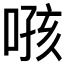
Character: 𫫂